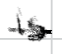
Text: is
Cross-out: single-line
Writing tool: digital_black